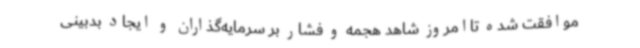
موافقت شده تاامروز شاهد هجمه و فشار بر سرمایه‌گذاران و ایجاد بدبینی